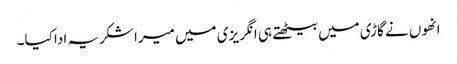
انھوں نے گاڑی میں بیٹھتے ہی انگریزی میں میرا شکریہ ادا کیا۔